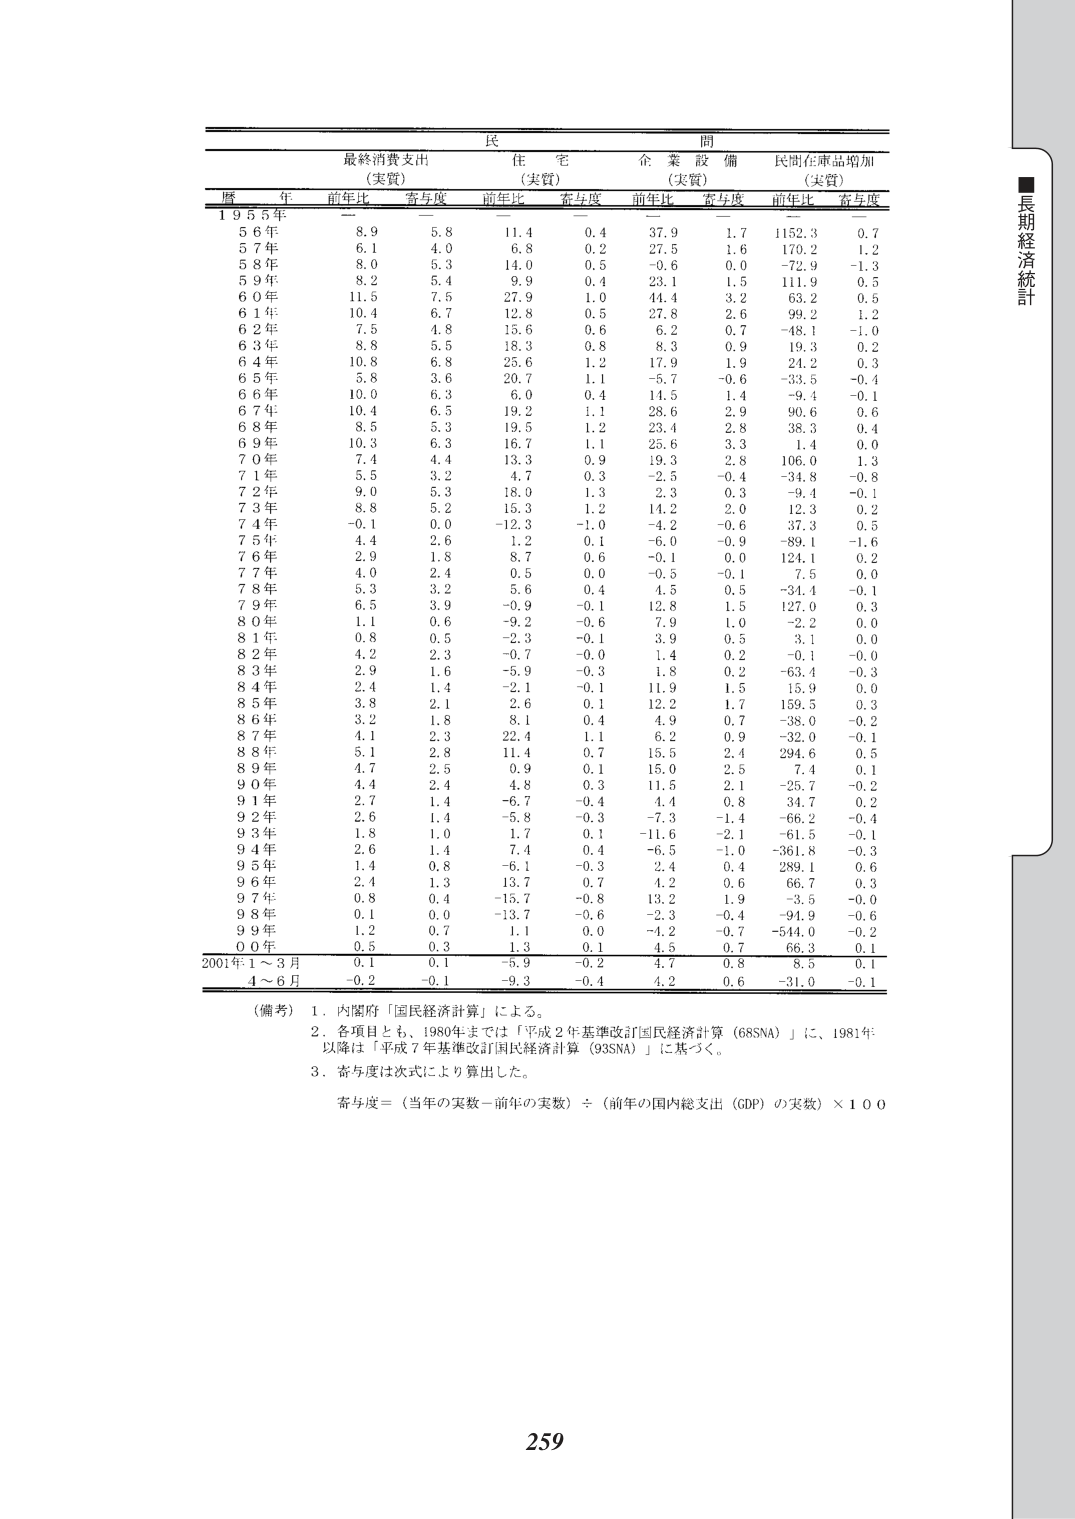
民 間
最終消費支出 住 宅 企 業 設 備 民間在庫品増加
（実質） （実質） （実質） （実質）
暦 年 前年比 寄与度 前年比 寄与度 前年比 寄与度 前年比 寄与度
1955年 — — — — — — — —
56年 8.9 5.8 11.4 0.4 37.9 1.7 1152.3 0.7
57年 6.1 4.0 6.8 0.2 27.5 1.6 170.2 1.2
58年 8.0 5.3 14.0 0.5 -0.6 0.0 -72.9 -1.3
59年 8.2 5.4 9.9 0.4 23.1 1.5 111.9 0.5
60年 11.5 7.5 27.9 1.0 44.4 3.2 63.2 0.5
61年 10.4 6.7 12.8 0.5 27.8 2.6 99.2 1.2
62年 7.5 4.8 15.6 0.6 6.2 0.7 -48.1 -1.0
63年 8.8 5.5 18.3 0.8 8.3 0.9 19.3 0.2
64年 10.8 6.8 25.6 1.2 17.9 1.9 24.2 0.3
65年 5.8 3.6 20.7 1.1 -5.7 -0.6 -33.5 -0.4
66年 10.0 6.3 6.0 0.4 14.5 1.4 -9.4 -0.1
67年 10.4 6.5 19.2 1.1 28.6 2.9 90.6 0.6
68年 8.5 5.3 19.5 1.2 23.4 2.8 38.3 0.4
69年 10.3 6.3 16.7 1.1 25.6 3.3 1.4 0.0
70年 7.4 4.4 13.3 0.9 19.3 2.8 106.0 1.3
71年 5.5 3.2 4.7 0.3 -2.5 -0.4 -34.8 -0.8
72年 9.0 5.3 18.0 1.3 2.3 0.3 -9.4 -0.1
73年 8.8 5.2 15.3 1.2 14.2 2.0 12.3 0.2
74年 -0.1 0.0 -12.3 -1.0 -4.2 -0.6 37.3 0.5
75年 4.4 2.6 1.2 0.1 -6.0 -0.9 -89.1 -1.6
76年 2.9 1.8 8.7 0.6 -0.1 0.0 124.1 0.2
77年 4.0 2.4 0.5 0.0 -0.5 -0.1 7.5 0.0
78年 5.3 3.2 5.6 0.4 4.5 0.5 -34.4 -0.1
79年 6.5 3.9 -0.9 -0.1 12.8 1.5 127.0 0.3
80年 1.1 0.6 -9.2 -0.6 7.9 1.0 -2.2 0.0
81年 0.8 0.5 -2.3 -0.1 3.9 0.5 3.1 0.0
82年 4.2 2.3 -0.7 -0.0 1.4 0.2 -0.1 -0.0
83年 2.9 1.6 -5.9 -0.3 1.8 0.2 -63.4 -0.3
84年 2.4 1.4 -2.1 -0.1 11.9 1.5 15.9 0.0
85年 3.8 2.1 2.6 0.1 12.2 1.7 159.5 0.3
86年 3.2 1.8 8.1 0.4 4.9 0.7 -38.0 -0.2
87年 4.1 2.3 22.4 1.1 6.2 0.9 -32.0 -0.1
88年 5.1 2.8 11.4 0.7 15.5 2.4 294.6 0.5
89年 4.7 2.5 0.9 0.1 15.0 2.5 7.4 0.1
90年 4.4 2.4 4.8 0.3 11.5 2.1 -25.7 -0.2
91年 2.7 1.4 -6.7 -0.4 4.4 0.8 34.7 0.2
92年 2.6 1.4 -5.8 -0.3 -7.3 -1.4 -66.2 -0.4
93年 1.8 1.0 1.7 0.1 -11.6 -2.1 -61.5 -0.1
94年 2.6 1.4 7.4 0.4 -6.5 -1.0 -361.8 -0.3
95年 1.4 0.8 -6.1 -0.3 2.4 0.4 289.1 0.6
96年 2.4 1.3 13.7 0.7 4.2 0.6 66.7 0.3
97年 0.8 0.4 -15.7 -0.8 13.2 1.9 -3.5 -0.0
98年 0.1 0.0 -13.7 -0.6 -2.3 -0.4 -94.9 -0.6
99年 1.2 0.7 1.1 0.0 -4.2 -0.7 -544.0 -0.2
00年 0.5 0.3 1.3 0.1 4.5 0.7 66.3 0.1
2001年1～3月 0.1 0.1 -5.9 -0.2 4.7 0.8 8.5 0.1
4～6月 -0.2 -0.1 -9.3 -0.4 4.2 0.6 -31.0 -0.1

（備考）1．内閣府「国民経済計算」による。
2．各項目とも、1980年までは「平成2年基準改訂国民経済計算（68SNA）」に、1981年以降は「平成7年基準改訂国民経済計算（93SNA）」に基づく。
3．寄与度は次式により算出した。
寄与度＝（当年の実数－前年の実数）÷（前年の国内総支出（GDP）の実数）×100

■長期経済統計
259